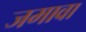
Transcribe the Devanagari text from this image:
जमावा